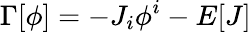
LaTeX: \Gamma[\phi]=-J_{i}\phi^{i}-E[J]